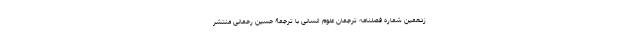
زدهمین شمارهٔ فصلنامهٔ ترجمان علوم انسانی با ترجمۀ حسین رحمانی منتشر